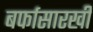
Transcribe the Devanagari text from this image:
बर्फासारखी